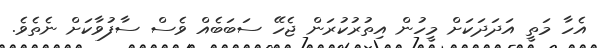
އެހާ މަތީ އަދަދަކަށް މީހުން އިތުރުކުރަން ޖެހޭ ސަބަބެއް ވެސް ސާފުވާކަށް ނެތެވެ.